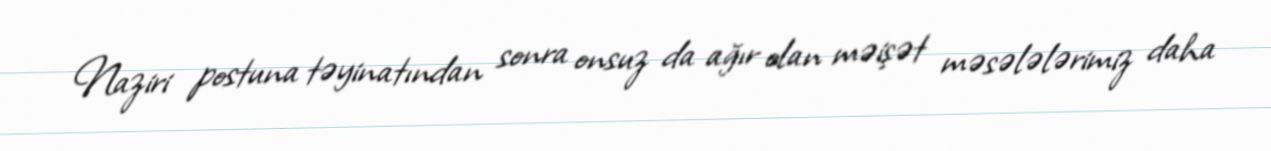
Naziri postuna təyinatından sonra onsuz da ağır olan məişət məsələlərimiz daha